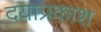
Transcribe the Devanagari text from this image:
दयाप्रकाश